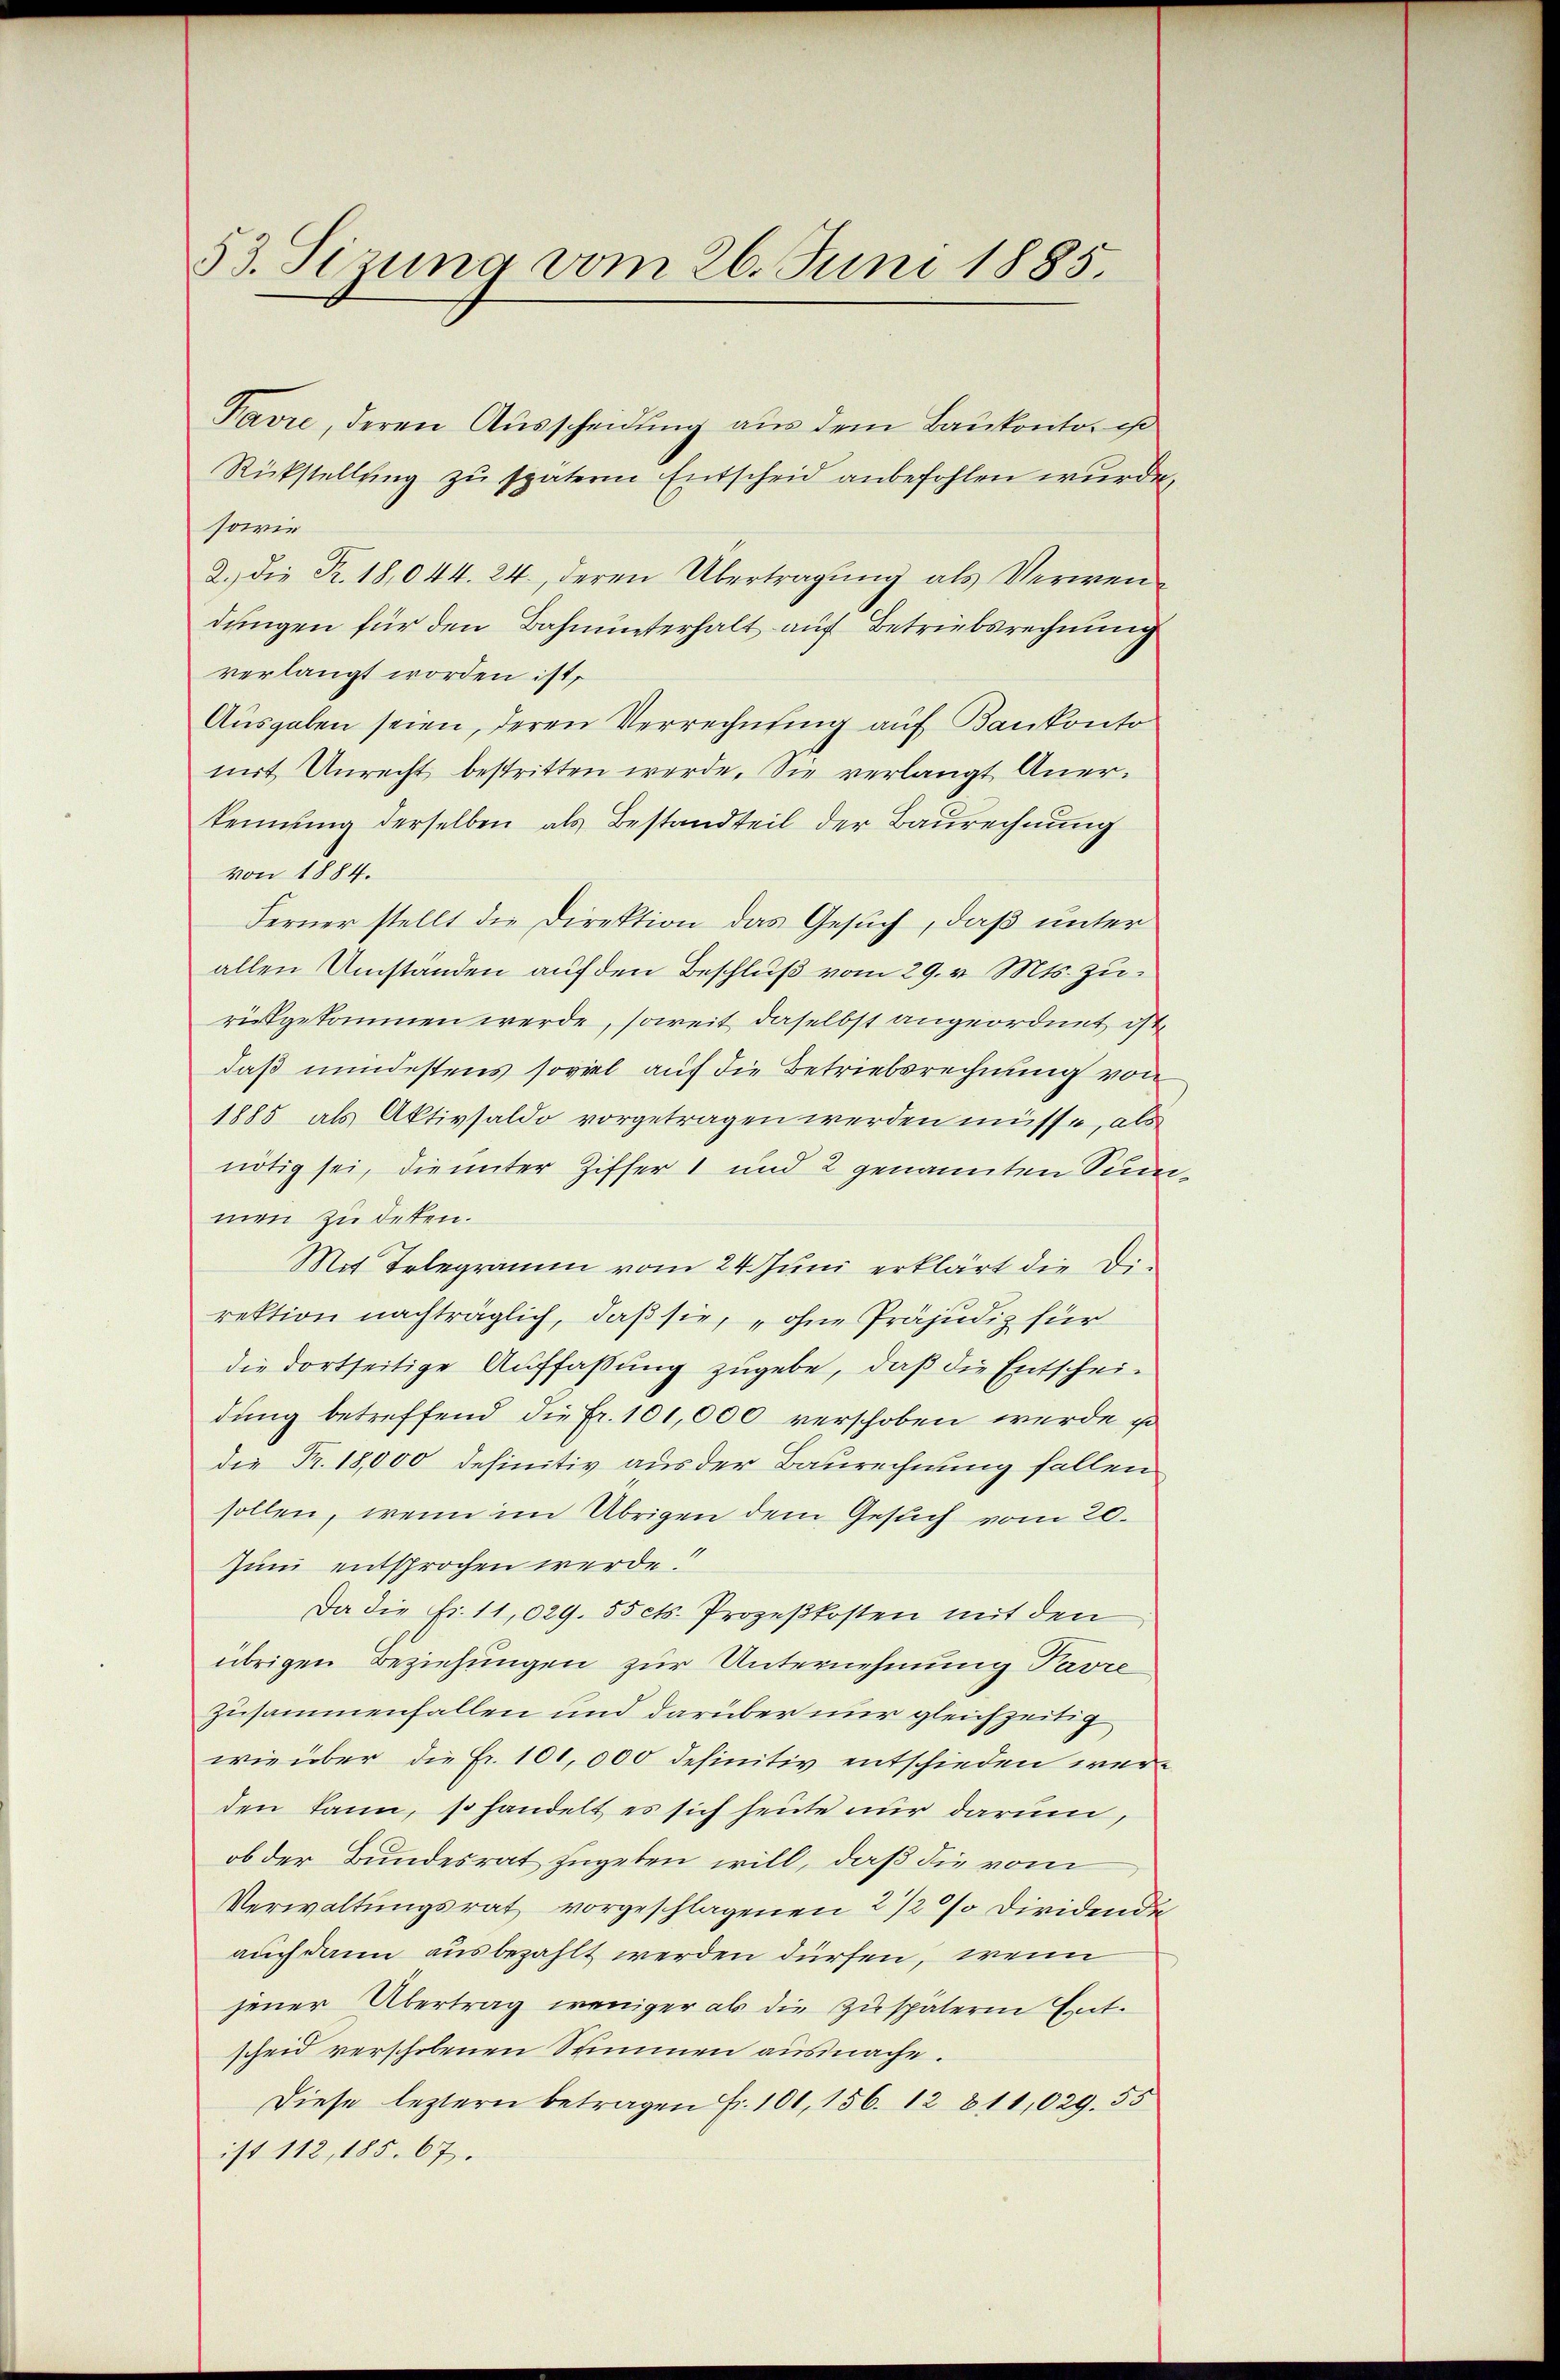
53. Sizung vom 26. Juni 1885.

Favre, deren Ausscheidung aus dem Baukonto ist
Rückstellung zu spätere Entscheid anbefohlen wurde.
sowie
2.) Die Fr. 18,044. 24., deren Übertragung als Verwendungen für den Bahnunterhalt auf Betriebsrechnung
verlangt worden ist,
Ausgaben seien, deren Verrechnung auf Bankonto
mit Unrecht bestritten werde. Sie verlangt Anerkennung derselben als Bestandteil der Baurechnung
von 1884.
Ferner stellt die Direktion das Gesuch, daß unter
allen Umstanden auf den Beschluß vom 29. v. Mts. zurückgekommen werde, soweit daselbst angeordnet ist
daß mindestens soviel auf die Betriebsrechnung von
1885 als Aktivsaldo vorgetragen werden müsse, als
nötig sei, die unter Ziffer 1 und 2 genannten Sinn
men zu deten.
Mit Telegramm vom 24. Juni erklärt die Direktion nachträglich, daß sie, „ohne Präjudiz für
die dortseitige Auffaßung zugebe, daß die Entscheidung betreffend die Fr. 101,000 verschoben werde, so
die Fr. 18,000 definitiv aus der Baurechnung fallen
sollen, wenn im Übrigen dem Gesuch vom 20.
Zum entsprochen werde.
Da die Fr. 11,029. 55 cts. Prozeßkosten mit den
übrigen Beziehungen zur Unternehmung Pavre
zusammenfallen und darüber nur gleichzeitig
wie über die Fr. 100,000 definitiv entschieden werden kann, so handelt es sich heute nur darum,
ob der Bundesrat zugeben will, daß die vom
Verwaltungsrat vorgeschlagenen 2 1/2 %% Dividende
auch dann ausbezahlt werden dürfen, wenn
jener Übertrag weniger als die Zuspäteren Entscheid verschobenen Stimmen ausmache.
Diese leztern betragen Fr. 101, 156. 12811,029. 55
ist 112, 185. 67.